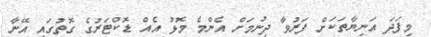
މިފަދަ އަނިޔާތަކަށް ފަރުވާ ދިނުމަށް އެންމެ މޮޅު އެއް ޑޮކްޓަރުގެ ގޮތުގައި އޭނާ